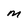
Character: m